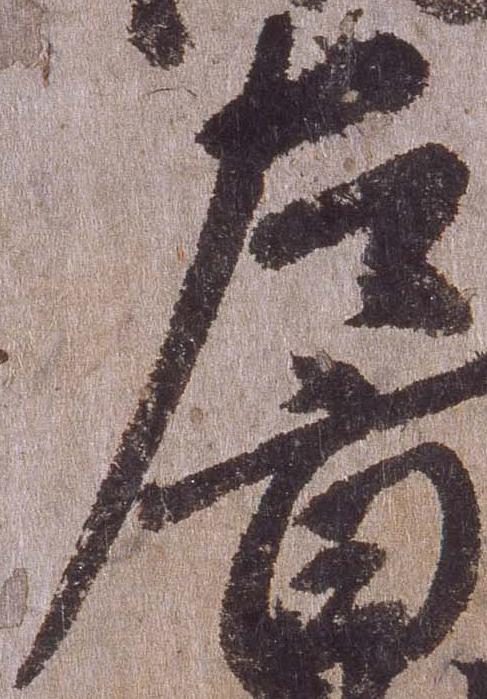
左